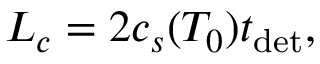
L _ { c } = 2 c _ { s } ( T _ { 0 } ) t _ { \mathrm { d e t } } ,